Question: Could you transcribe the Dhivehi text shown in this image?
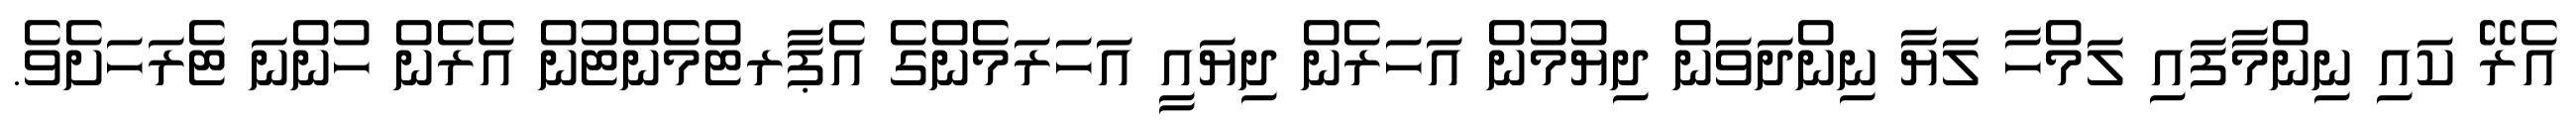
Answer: އެރޭ ކައި ނިންމާފައި ލަމްހާ ލަޔާ ނިންދަވަން ދިޔުމުން އަހަރެން ދިޔައީ އަހަރަމެންގެ އެޕާރޓްމެންޓުން އެރެން ހުންނަ ޓެރަހަށެވެ.